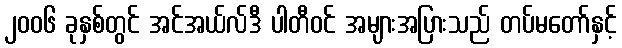
၂၀၀၆ ခုနှစ်တွင် အင်အယ်လ်ဒီ ပါတီဝင် အများအပြားသည် တပ်မတော်နှင့်